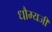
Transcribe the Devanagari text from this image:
धौम्यजी